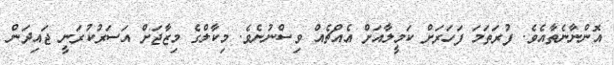
އޮންނާނެތާއެވެ. ފުރަތަމަ ފަހަރަށް ކަމީލާއަށް އެއްޗެއް ވިސްނުނެވެ. މިކާލްގެ މިޒާޖަށް އަސަރުކުރަނީ ޖައިދަން